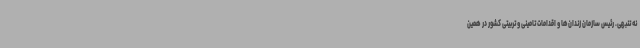
نه تنبهی. رئیس سازمان زندان‌ها و اقدامات تامینی و تربیتی کشور در همین